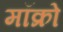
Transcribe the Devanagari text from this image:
मॉक्रो